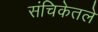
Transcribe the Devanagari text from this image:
संचिकेतले